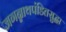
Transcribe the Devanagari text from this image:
जगन्नाथपंडितसुद्धा